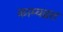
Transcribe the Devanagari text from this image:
काम्यव्रत